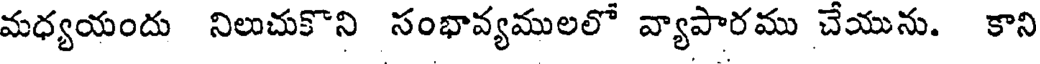
మధ్యయందు నిలుచుకొని సంభావ్యములలో వ్యాపారము చేయును. కాని